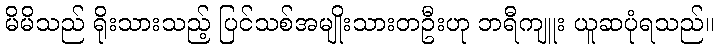
မိမိသည် ရိုးသားသည့် ပြင်သစ်အမျိုးသားတဦးဟု ဘရီကျူး ယူဆပုံရသည်။